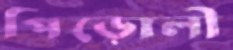
পিড়োলী